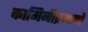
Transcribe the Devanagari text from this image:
कामिनीप्रमाणे